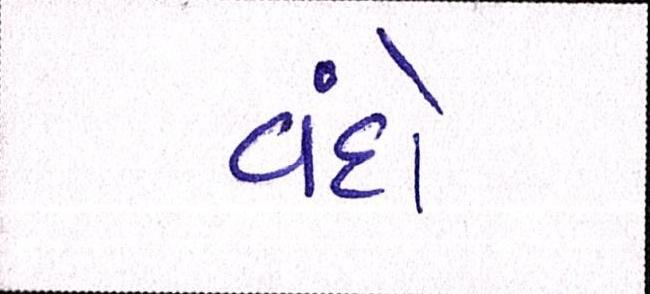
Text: વંદો